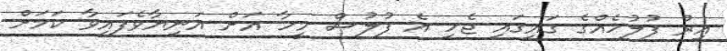
އިރު ފުލުހެއްގެ ގައިގައި ޖެހި އެ ފުލުސް މީހާ އަށް އަނިޔާވެފައިވާ ކަމަށް